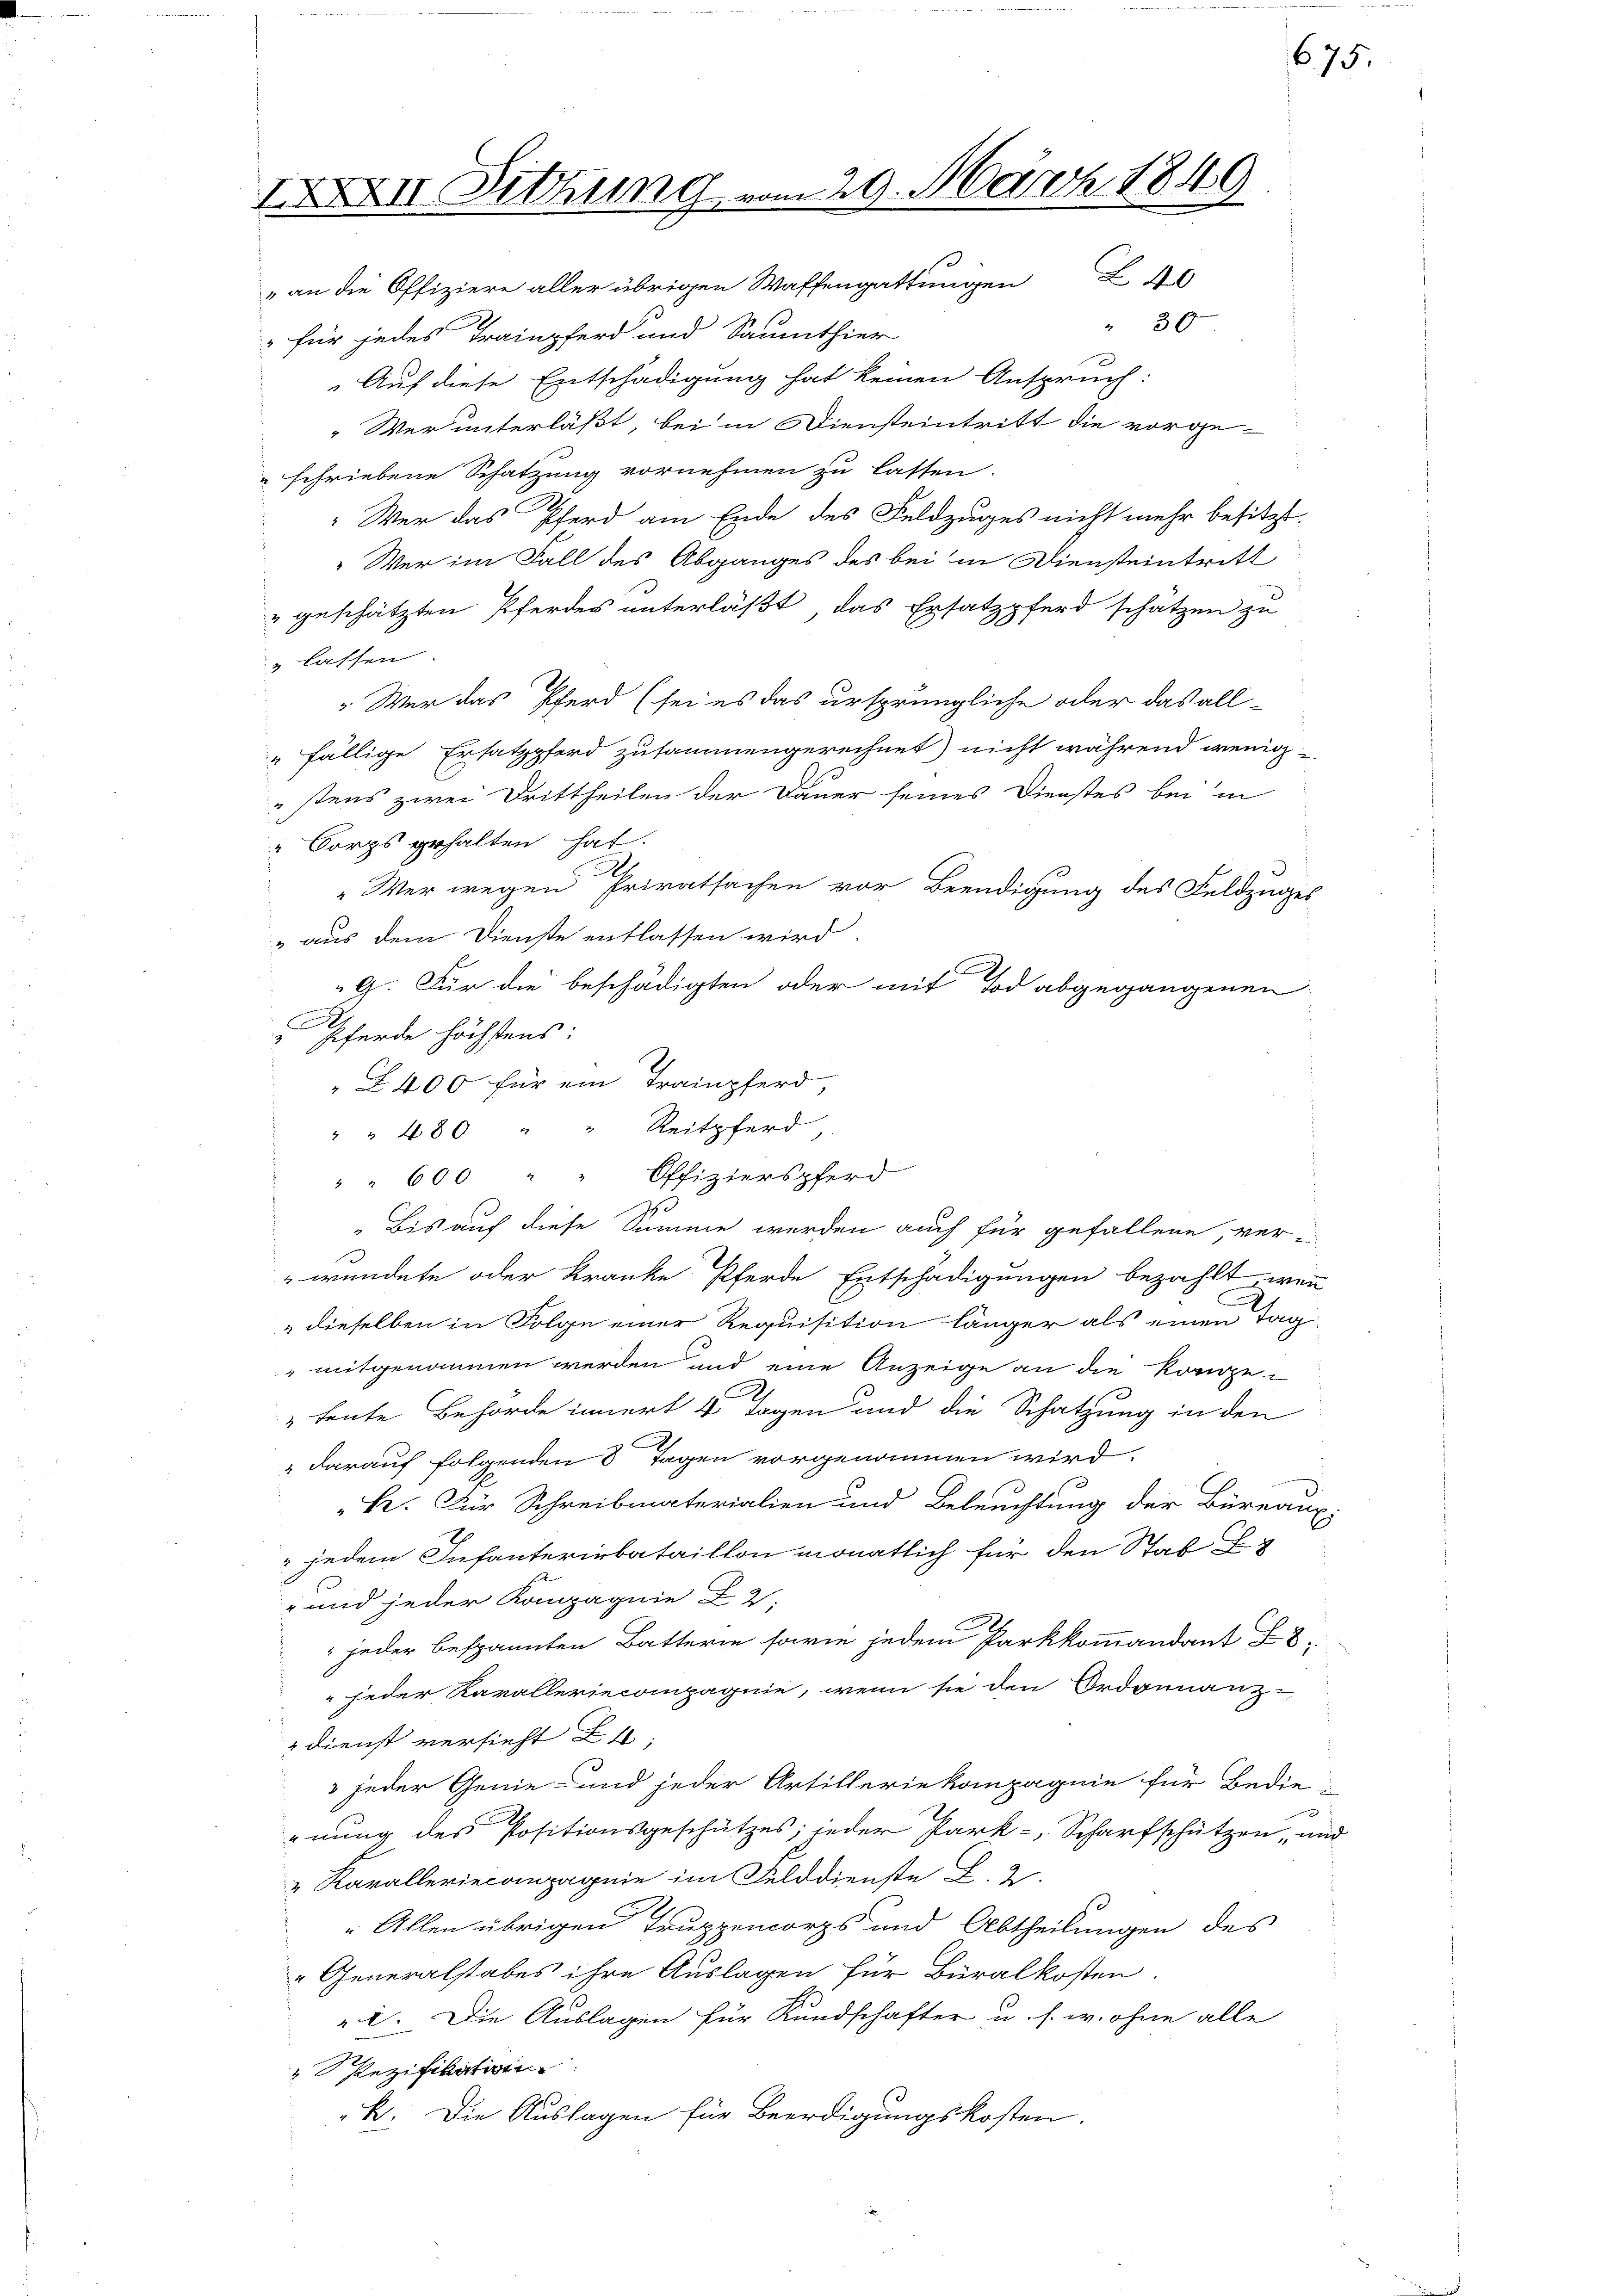
IXXII. Sitzung vom 29. März 1849

675.

" an die Offiziere aller übrigen Waffengattungen 40
 30
 für jedes Trainpferd und Saumthier
Auf diese Entschädigung hat keinen Anspruch:
"Wer unterläßt, bei in Diensteintritt die vorge-
" schriebene Schatzung vornehmen zu lassen.
"Wer das Pferd am Ende des Feldzuges nicht mehr besitzt.
" Wer im Fall des Abganges des bei in Diensteintritt
" geschätzten Pferdes unterläßt, das Ersatzpferd schätzen zu
& lassen
Wer das Pferd (sei es das ursprüngliche oder das all-
fällige Ersatzpferd zusammengerechnet nicht während wenig-
stens zwei Drittheilen der Dauer seines Dienstes bei in
" Sorgs gehalten hat.
x
"Wer wegen Privatsachen vor Beendigung des Feldzuges
„aus dem Dienste entlassen wird.
G. Für die beschädigten oder mit Tod abgegangenen
Pferde höchstens:
Z 400 für ein Trainpferd
" " 480 " " Reitpferd,
" " 600 " " Offizierspferd
Ih
„Bis auf diese Summe werden auch für gefallene, ver¬
"wendete oder Kranke Pferde Entschädigungen bezahlt, wenn
"dieselben in Folge einer Requisition länger als einen Tag
" mitgenommen werden und eine Anzeige an die Kongger
" heute Behörde innert 4 Tagen und die Schatzung in den
" darauf folgenden 8 Tagen vorgenommen wird.
"Br. Für Schreibmaterialien und Beleuchtung der Büreaux.
 jedem Infanterinbataillon monatlich für den Stab
" und jeder Kompagnie 22,
jeder bespannten Batterie sowie jedem Parkkommandant L 8
jeder Kavalleriecompagnie, wenn sie den Ordonnanz-
" Dienst versieht
 jeder Genie- und jeder Artilleriekompagnie für Bedie-
2
rnung des Positionsgeschützes; jeder Park- Scharfschützen, und
" Karalleriecompagnie im Felddienste L. 2.
„Allen übrigen Truppencorps und Abtheilungen des
"Generalstabes ihre Auslagen für Büralkosten.
" 1. Die Auslagen für Kundschafter u. s. w. ohne alle
Pezifikation
k. Die Auslagen für Beerdigungskosten.